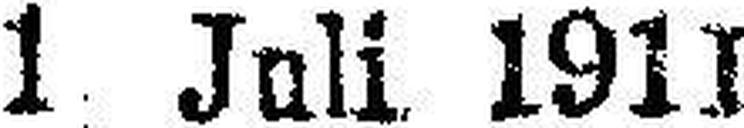
1 Juli 1911